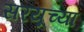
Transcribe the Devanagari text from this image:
सरयूच्या